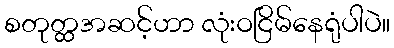
စတုတ္ထအဆင့်ဟာ လုံးဝငြိမ်နေရုံပါပဲ။